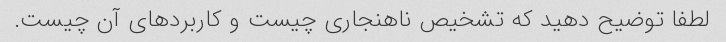
لطفا توضیح دهید که تشخیص ناهنجاری چیست و کاربردهای آن چیست.